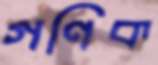
গণিক